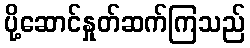
ပို့ဆောင်နှုတ်ဆက်ကြသည်